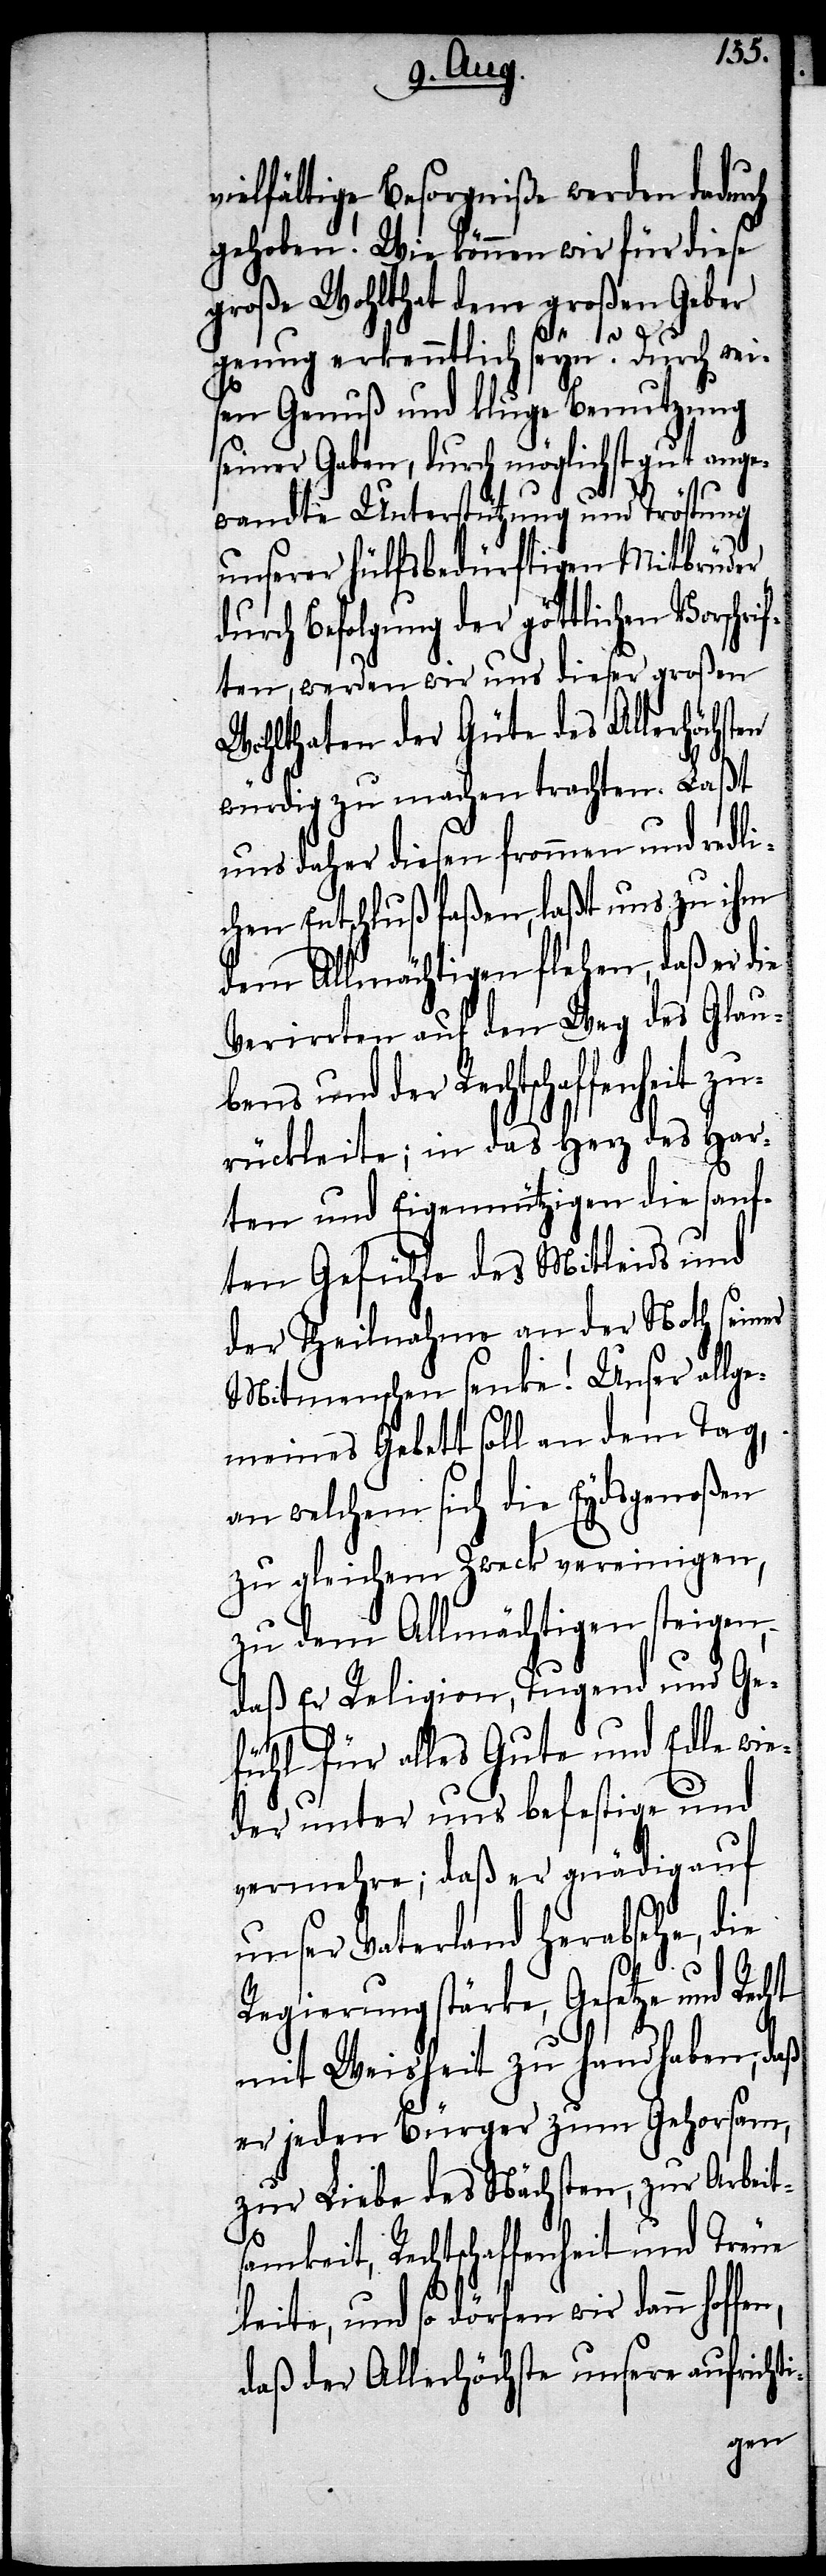
vielfältige Besorgniße werden dadurch
gehoben! Wie können wir für diese
große Wohltat dem großen Geber
genug erkenntlich seyn? Durch wei¬
sen Genuß und kluge Benutzung
seiner Gaben, durch möglichst gut ange¬
wandte Unterstützung und Tröstung
unserer hülfsbedürftigen Mitbrüder
durch Befolgung der göttlichen Vorschr¬
iften, werden wir uns dieser großen
Wohltaten der Güte des Allerhöchst¬
würdig zu machen trachten. Laßt
uns daher diesen frommen und redli¬
chen Entschluß faßen, laßt uns zu ihm
dem Allmächtigen flehen, daß er die
Verirrten auf den Weg des Glau¬
bens und der Rechtschaffenheit zu¬
rückleite; in das Herz des har¬
ten und Eigennützigen die sanf¬
ten Gefühle des Mittleids und
der Theilnahme an der Noth seiner
Mitmenschen senke! Unser allge¬
meines Gebett soll an dem Tag,
an welchem sich die Eydsgenoßen
zu gleichem Zweck vereinigen,
zu dem Allmächtigen steigen,
daß Er Religion, Tugend und Ge¬
fühl für alles Gute und Edle wie¬
der unter uns befestige und
vermehre; daß er gnädig auf
unser Vaterland herabsehe, die
Regierung stärke, Gesetze und Recht
mit Weisheit zu handhaben; daß
er jeden Bürger zum Gehorsam,
zur Liebe des Nächsten, zur Arbeit¬
samkeit, Rechtschaffenheit und Treue
leite, und so dörfen wir dann hof¬
daß der Allerhöchste unsere aufrichti-
fen,